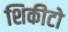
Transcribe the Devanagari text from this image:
शिकीटो